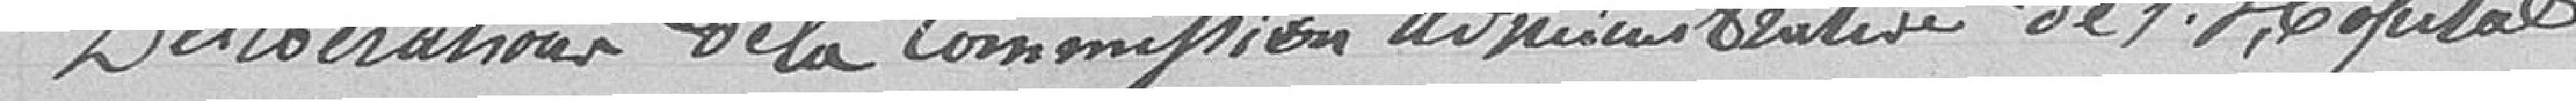
Délibération de la commission administrative de l'Hôpital